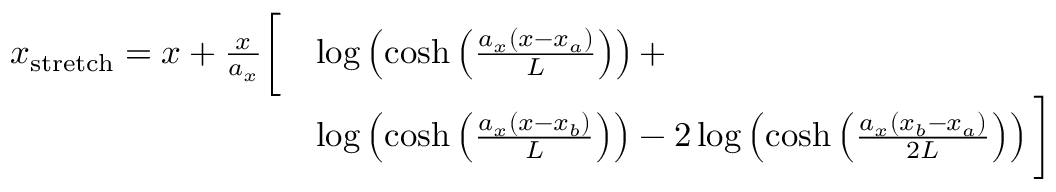
\begin{array} { r l } { x _ { \mathrm { s t r e t c h } } = x + \frac { x } { a _ { x } } { \bigg [ } } & { \log \left( \cosh \left( \frac { a _ { x } ( x - x _ { a } ) } { L } \right) \right) + } \\ & { \log \left( \cosh \left( \frac { a _ { x } ( x - x _ { b } ) } { L } \right) \right) - 2 \log \left( \cosh \left( \frac { a _ { x } ( x _ { b } - x _ { a } ) } { 2 L } \right) \right) { \bigg ] } } \end{array}